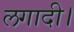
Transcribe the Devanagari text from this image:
लगादी।